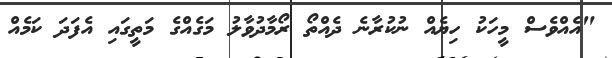
"އެއްވެސް މީހަކު ހިޔެއް ނުކުރާނެ ދެއްތޯ ރޯމާދުވާލު މަގެއްގެ މަތީގައި އެފަދަ ކަމެއް